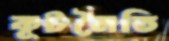
কূটনৈতি